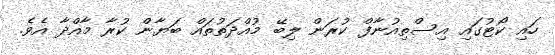
ހައި ކޯޓުގައި އިސްތިއުނާފް ކުރަން ލިބޭ މުއްދަތުތައް ބަޔާން ކުރާ މާއްދާ އެވެ.